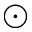
\odot